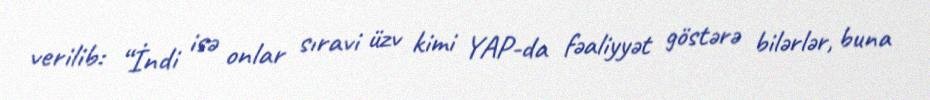
verilib: “İndi isə onlar sıravi üzv kimi YAP-da fəaliyyət göstərə bilərlər, buna